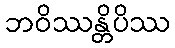
ဘဝိဿန္တိပိဿ